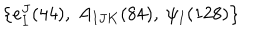
LaTeX: \left\{ e _ { I } ^ { J } ( 4 4 ) , \ A _ { I J K } ( 8 4 ) , \ \psi _ { I } ( 1 2 8 ) \right\}